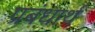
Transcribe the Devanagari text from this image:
प्रबंधार्थ